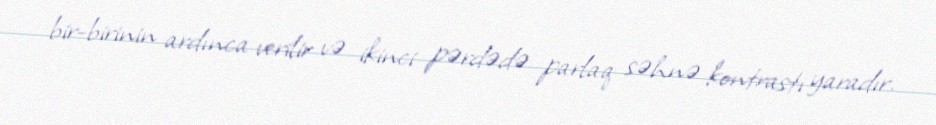
bir-birinin ardınca verilir və ikinci pərdədə parlaq səhnə kontrastı yaradır.